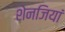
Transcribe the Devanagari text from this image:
शेनजियां